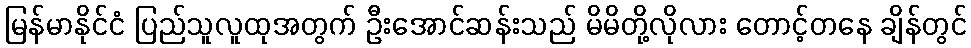
မြန်မာနိုင်ငံ ပြည်သူလူထုအတွက် ဦးအောင်ဆန်းသည် မိမိတို့လိုလား တောင့်တနေ ချိန်တွင်